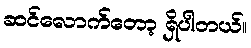
ဆင်လောက်တော့ ရှိပါတယ်။